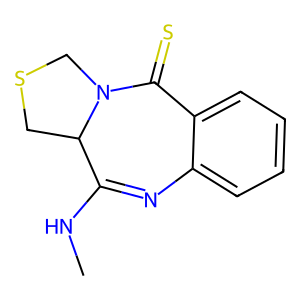
SMILES: CNC1=Nc2ccccc2C(=S)N2CSCC12
Inhibits HIV replication: No